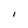
Character: I